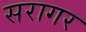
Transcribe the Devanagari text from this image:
सरागर